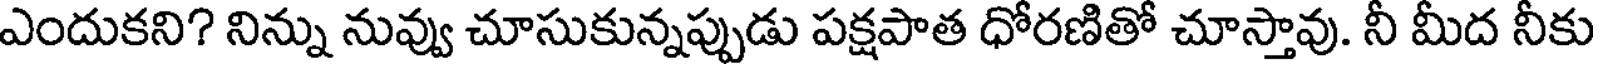
ఎందుకని? నిన్ను నువ్వు చూసుకున్నప్పుడు పక్షపాత ధోరణితో చూస్తావు. నీ మీద నీకు